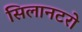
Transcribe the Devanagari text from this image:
सिलानटरो